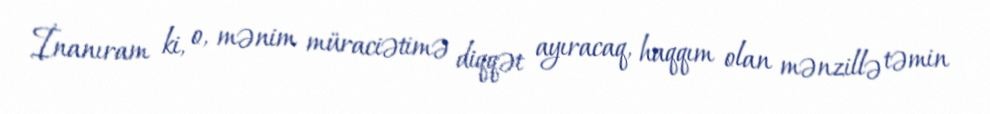
İnanıram ki, o, mənim müraciətimə diqqət ayıracaq, haqqım olan mənzillə təmin